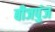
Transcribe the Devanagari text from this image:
बीजपुंज